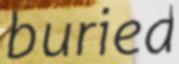
buried